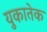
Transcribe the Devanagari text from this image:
युकातेक